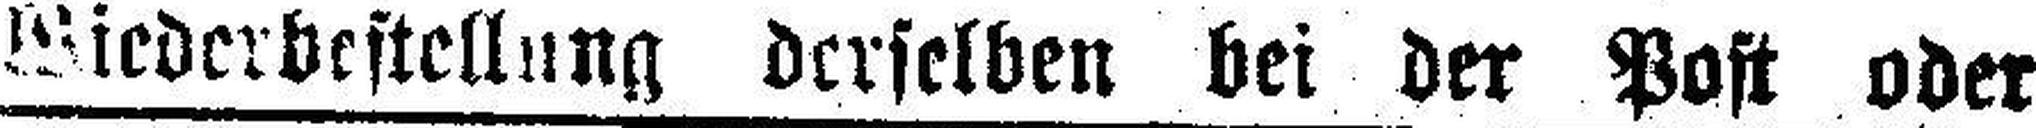
Wiederbestellung derselben bei der Post oder